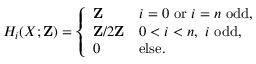
H _ { i } ( X ; \mathbf { Z } ) = { \left\{ \begin{array} { l l } { \mathbf { Z } } & { i = 0 { \mathrm { ~ o r ~ } } i = n { \mathrm { ~ o d d , } } } \\ { \mathbf { Z } / 2 \mathbf { Z } } & { 0 < i < n , \ i \ { \mathrm { o d d , } } } \\ { 0 } & { { \mathrm { e l s e . } } } \end{array} \right. }